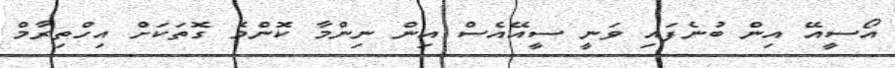
އޯސީއޭ އިން ބުނެފައި ވަނީ ސީއޭއެސް އިން ނިންމާ ކޮންމެ ގޮތަކަށް އިހްތިރާމް